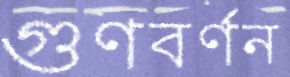
গুণবর্ণন